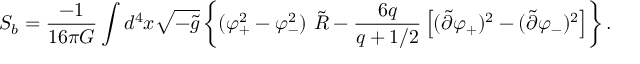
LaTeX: S _ { b } = { \frac { - 1 } { 1 6 \pi G } } \int d ^ { 4 } x \sqrt { - \tilde { g } } \left\{ ( \varphi _ { + } ^ { 2 } - \varphi _ { - } ^ { 2 } ) \ \tilde { \cal R } - { \frac { 6 q } { q + 1 / 2 } } \left[ ( \tilde { \partial } \varphi _ { + } ) ^ { 2 } - ( \tilde { \partial } \varphi _ { - } ) ^ { 2 } \right] \right\} .